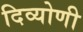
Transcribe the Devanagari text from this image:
दिव्योणी